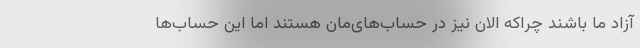
آزاد ما باشند چراکه الان نیز در حساب‌های‌مان هستند اما این حساب‌ها